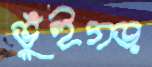
ভুঁইগড়